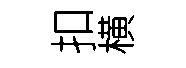
扣横